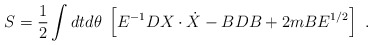
\begin{align*} S={1\over 2}\int dtd\theta\; \left[ E^{-1} DX\cdot \dot X - BDB + 2m BE^{1/2} \right] \ .\end{align*}